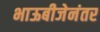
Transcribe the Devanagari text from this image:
भाऊबीजेनंतर